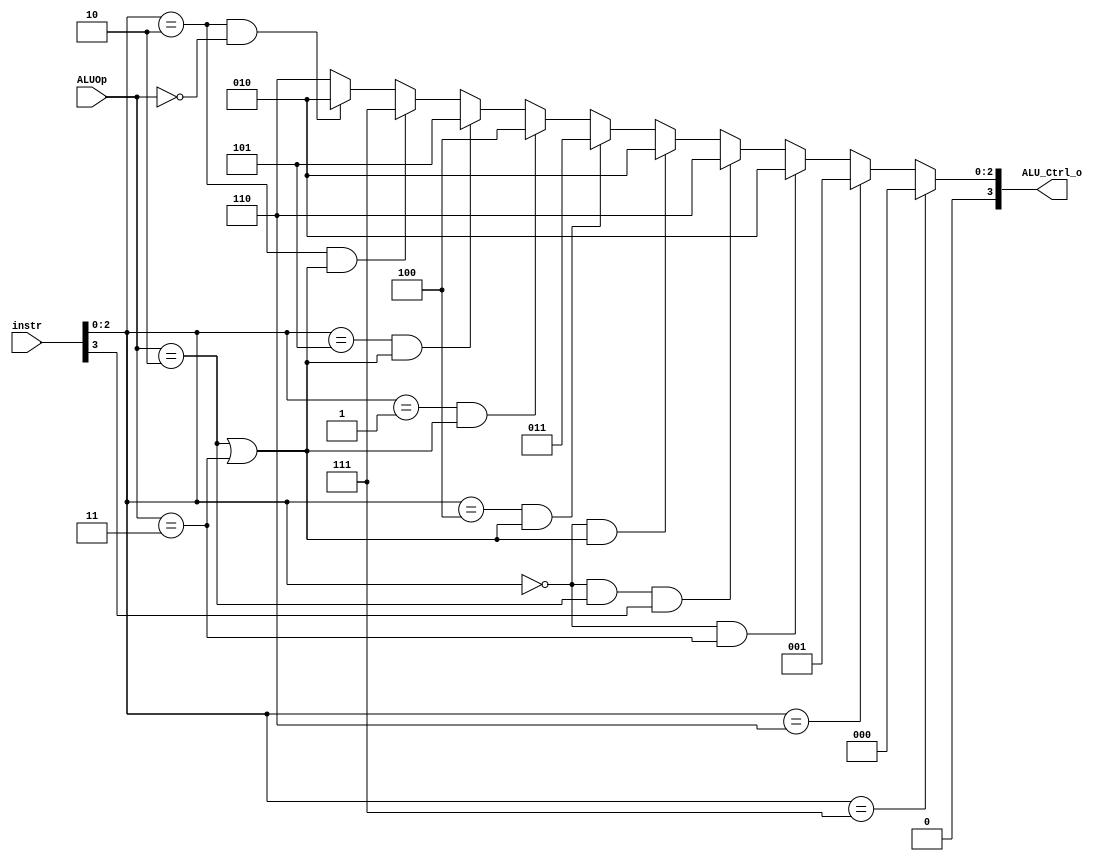
/***************************************************
Student Name: 
Student ID: 
***************************************************/

`timescale 1ns/1ps

module ALU_Ctrl(
	input		[4-1:0]	instr,
	input		[2-1:0]	ALUOp,
	output wire	[4-1:0] ALU_Ctrl_o
	);
	
//Internal Signals
wire instr30;
wire [2:0] funct3;

assign funct3 = {instr[2:0]};
assign instr30 = instr[3];

assign ALU_Ctrl_o = (funct3==3'b111)?4'b0000: //AND ANDI
					(funct3==3'b110)?4'b0001: //OR ORI
					(funct3==3'b000 && ALUOp==2'b11)?4'b0010: //ADDI
					(funct3==3'b000 && ALUOp==2'b10 && instr30==1'b1)?4'b0110: //SUB 
					(funct3==3'b000 && (ALUOp==2'b10 || ALUOp==2'b11))?4'b0010: //ADD ADDI
					(funct3==3'b100 && (ALUOp==2'b10 || ALUOp==2'b11))?4'b0011: //XOR XORI
					(funct3==3'b001 && (ALUOp==2'b10 || ALUOp==2'b11))?4'b0100: //SLL SLLI
					(funct3==3'b101 && (ALUOp==2'b10 || ALUOp==2'b11))?4'b0101: //SRA SRLI
					(funct3==3'b010 && (ALUOp==2'b10 || ALUOp==2'b11))?4'b0111: //SLT SLTI
					(funct3==3'b010 && ALUOp==2'b00)?4'b0010: // LW SW
					4'b0110; //B-type

endmodule